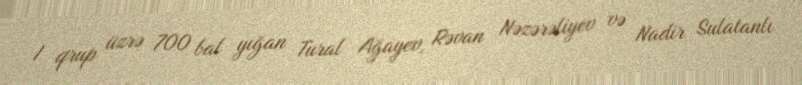
I qrup üzrə 700 bal yığan Tural Ağayev, Rəvan Nəzərəliyev və Nadir Sulatanlı